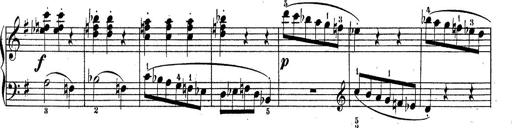
Title: Sonatine No.3
Composer: Peter Piel
Key: D major